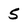
Character: 5